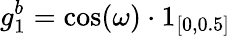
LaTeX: g_{1}^{b}=\cos(\omega)\cdot 1_{[0,0.5]}